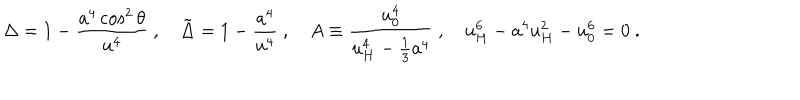
\Delta = 1 - { \frac { a ^ { 4 } \cos ^ { 2 } \theta } { u ^ { 4 } } } \ , \tilde { \Delta } = 1 - { \frac { a ^ { 4 } } { u ^ { 4 } } } \ , A \equiv { \frac { u _ { 0 } ^ { 4 } } { u _ { H } ^ { 4 } - \frac { 1 } { 3 } a ^ { 4 } } } \ , u _ { H } ^ { 6 } - a ^ { 4 } u _ { H } ^ { 2 } - u _ { 0 } ^ { 6 } = 0 \ .